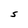
Character: S